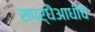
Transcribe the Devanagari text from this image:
स्पर्धैआधीचे